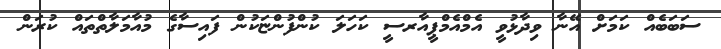
ސަބަބެއް ކަމަށް އޭނާ ވިދާޅުވީ އެމްއެމްޕީއާރސީ ކަހަލަ ކުންފުންޏަކުން ފައިސާގެ މުއާމަލާތްތައް ކުރަން